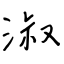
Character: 淑